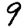
Digit: 9